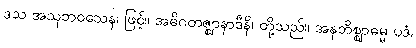
ဒသ အသုဘဝသေန၊ ဖြင့်။ အဓိဂတဇ္ဈာနာဒီနိ၊ တို့သည်။ အနဘိစ္ဈာဓမ္မ ပဒံ၊